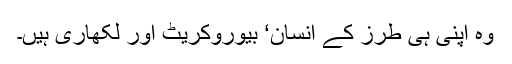
وہ اپنی ہی طرز کے انسان‘ بیوروکریٹ اور لکھاری ہیں۔